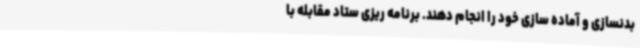
بدنسازی و آماده سازی خود را انجام دهند. برنامه ریزی ستاد مقابله با